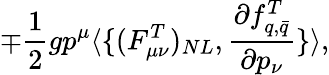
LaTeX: \mp\frac{1}{2}gp^{\mu}\langle\{ (F_{\mu\nu}^{T})_{NL},\frac{\partial f_{q,\bar{q}}^{T}}{\partial p_{\nu}}\} \rangle,